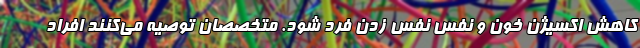
کاهش اکسیژن خون و نفس نفس زدن فرد شود. متخصصان توصیه می‌کنند افراد